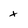
Character: x